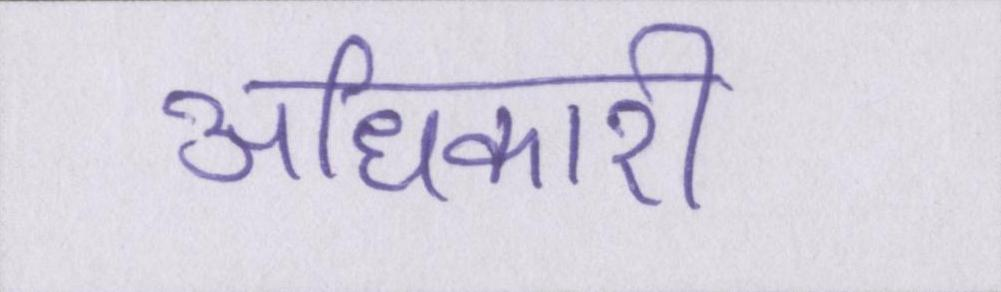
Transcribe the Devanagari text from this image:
अधिकारी